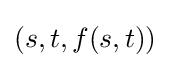
(s,t,f(s,t))